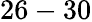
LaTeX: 26-30